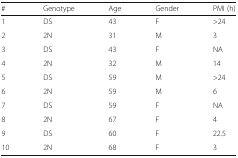
<table><thead><tr><td><b>#</b></td><td><b>Genotype</b></td><td><b>Age</b></td><td><b>Gender</b></td><td><b>PMI (h)</b></td></tr></thead><tbody><tr><td>1</td><td>DS</td><td>43</td><td>F</td><td>&gt;24</td></tr><tr><td>2</td><td>2N</td><td>31</td><td>M</td><td>3</td></tr><tr><td>3</td><td>DS</td><td>43</td><td>F</td><td>NA</td></tr><tr><td>4</td><td>2N</td><td>32</td><td>M</td><td>14</td></tr><tr><td>5</td><td>DS</td><td>59</td><td>M</td><td>&gt;24</td></tr><tr><td>6</td><td>2N</td><td>59</td><td>M</td><td>6</td></tr><tr><td>7</td><td>DS</td><td>59</td><td>F</td><td>NA</td></tr><tr><td>8</td><td>2N</td><td>67</td><td>F</td><td>4</td></tr><tr><td>9</td><td>DS</td><td>60</td><td>F</td><td>22.5</td></tr><tr><td>10</td><td>2N</td><td>68</td><td>F</td><td>3</td></tr></tbody></table>